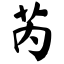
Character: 芮